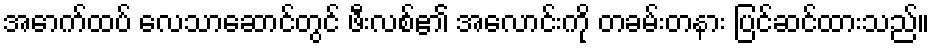
အောက်ထပ် လေသာဆောင်တွင် ဖီးလစ်၏ အလောင်းကို တခမ်းတနား ပြင်ဆင်ထားသည်။